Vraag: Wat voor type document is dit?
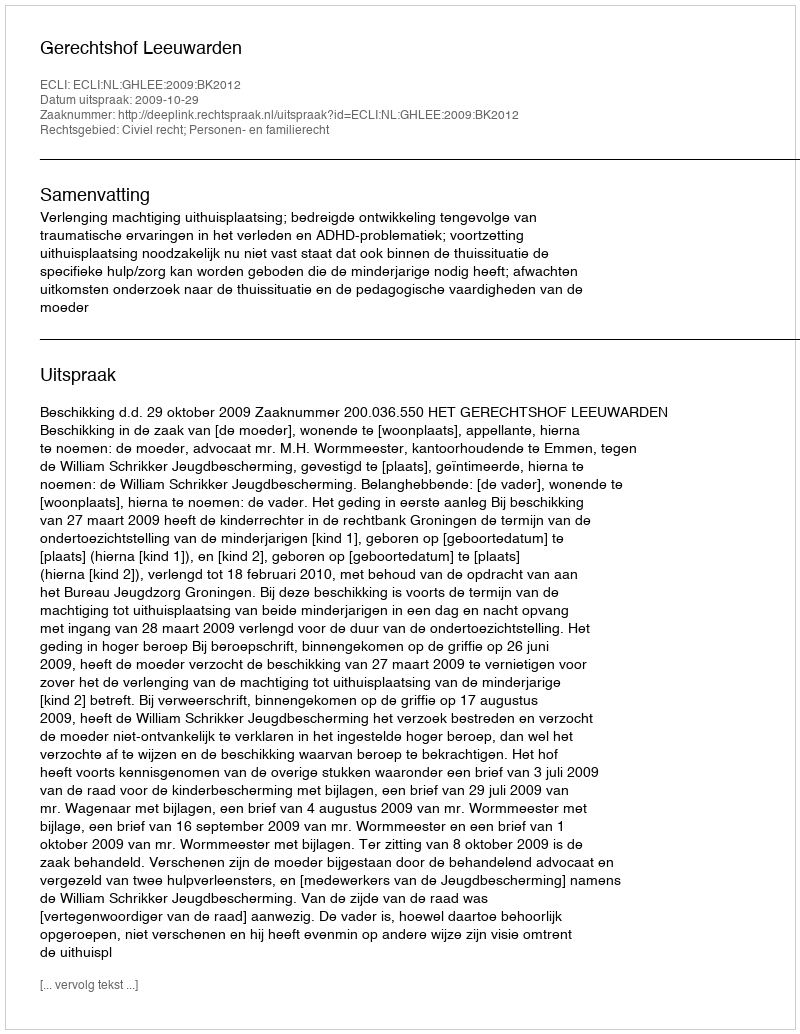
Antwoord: Uitspraak